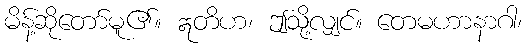
မိန့်ဆိုတော်မူ၏။ ဣတိဟ၊ ဤသို့လျှင်။ တေမဟာနာဂါ၊